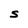
Character: S